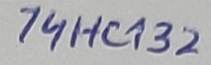
Text: 74HC132